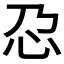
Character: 𫹭